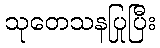
သုတေသနပြုပြီး